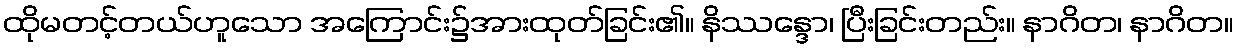
ထိုမတင့်တယ်ဟူသော အကြောင်း၌အားထုတ်ခြင်း၏။ နိဿန္ဒော၊ ပြီးခြင်းတည်း။ နာဂိတ၊ နာဂိတ။